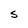
Character: S